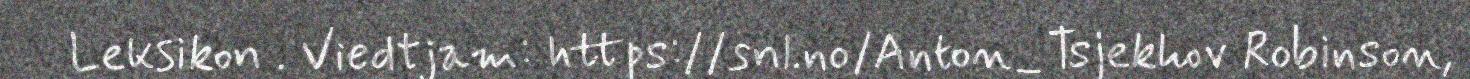
Leksikon . Viedtjam: https://snl.no/Anton_Tsjekhov Robinson,